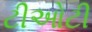
ટીઓટી